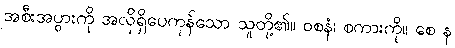
အစီးအပွားကို အလိုရှိပေကုန်သော သူတို့၏။ ဝစနံ၊ စကားကို။ စေ န